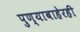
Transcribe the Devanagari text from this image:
पुण्याबाहेरही